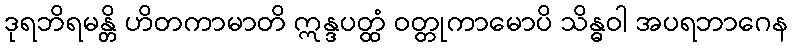
ဒုရဘိရမန္တိ ဟိတကာမာတိ ဣန္ဒပတ္ထံ ဝတ္တုကာမောပိ သိန္ဓဝါ အပရဘာဂေန